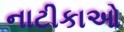
નાટીકાઓ